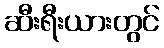
ဆီးရီးယားတွင်